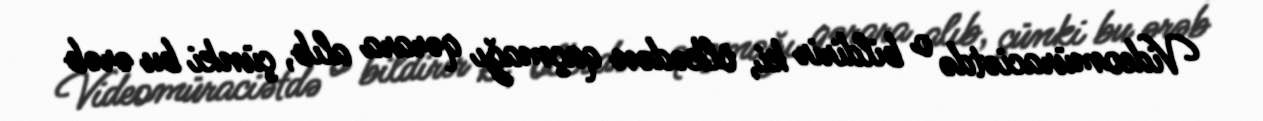
Videomüraciətdə o bildirir ki, ölkədən qaçmağı qərara alıb, çünki bu ərəb